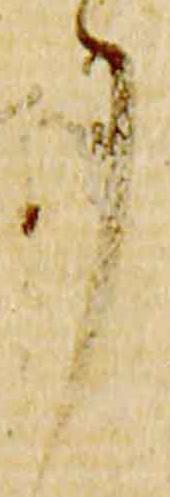
了